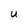
Character: U